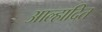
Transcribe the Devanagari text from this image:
आल्हादित